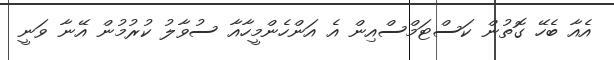
އެއާ ބެހޭ ގޮތުން ކަސްޓަމްސްއިން އެ އަންހެންމީހާއާ ސުވާލު ކުރުމުން އޭނާ ވަނީ